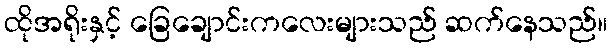
ထိုအရိုးနှင့် ခြေချောင်းကလေးများသည် ဆက်နေသည်။